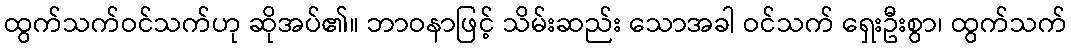
ထွက်သက်ဝင်သက်ဟု ဆိုအပ်၏။ ဘာဝနာဖြင့် သိမ်းဆည်း သောအခါ ဝင်သက် ရှေးဦးစွာ၊ ထွက်သက်